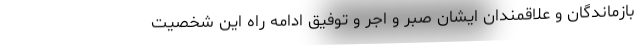
بازماندگان و علاقمندان ایشان صبر و اجر و توفیق ادامه راه این شخصیت